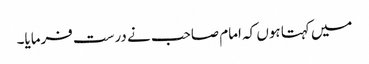
میں کہتا ہوں کہ امام صاحب نے درست فرمایا۔